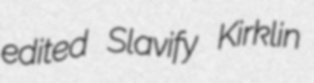
edited Slavify Kirklin